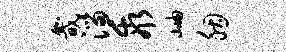
畿淄乖岫胭